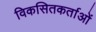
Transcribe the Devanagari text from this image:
विकसितकर्ताओं